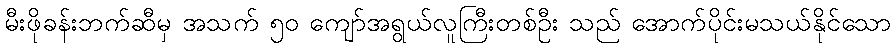
မီးဖိုခန်းဘက်ဆီမှ အသက် ၅၀ ကျော်အရွယ်လူကြီးတစ်ဦး သည် အောက်ပိုင်းမသယ်နိုင်သော